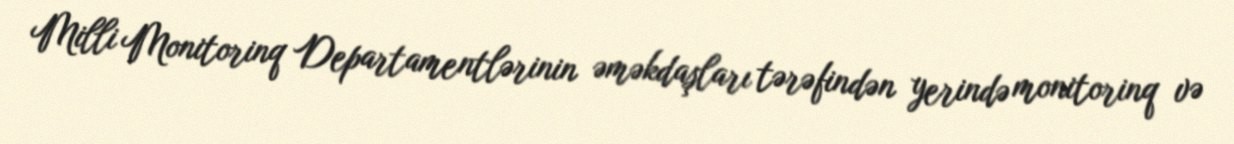
Milli Monitorinq Departamentlərinin əməkdaşları tərəfindən yerində monitorinq və